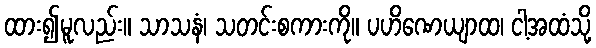
ထား၍မူလည်း။ သာသနံ၊ သတင်းစကားကို။ ပဟိဏေယျာထ၊ ငါ့အထံသို့